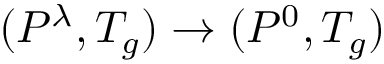
( P ^ { \lambda } , T _ { g } ) \rightarrow ( P ^ { 0 } , T _ { g } )